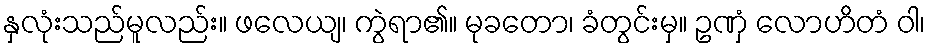
နှလုံးသည်မူလည်း။ ဖလေယျ၊ ကွဲရာ၏။ မုခတော၊ ခံတွင်းမှ။ ဥဏှံ လောဟိတံ ဝါ၊